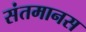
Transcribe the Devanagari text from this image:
संतमानस